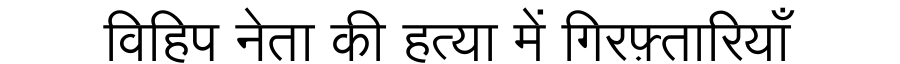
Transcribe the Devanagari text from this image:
विहिप नेता की हत्या में गिरफ़्तारियाँ